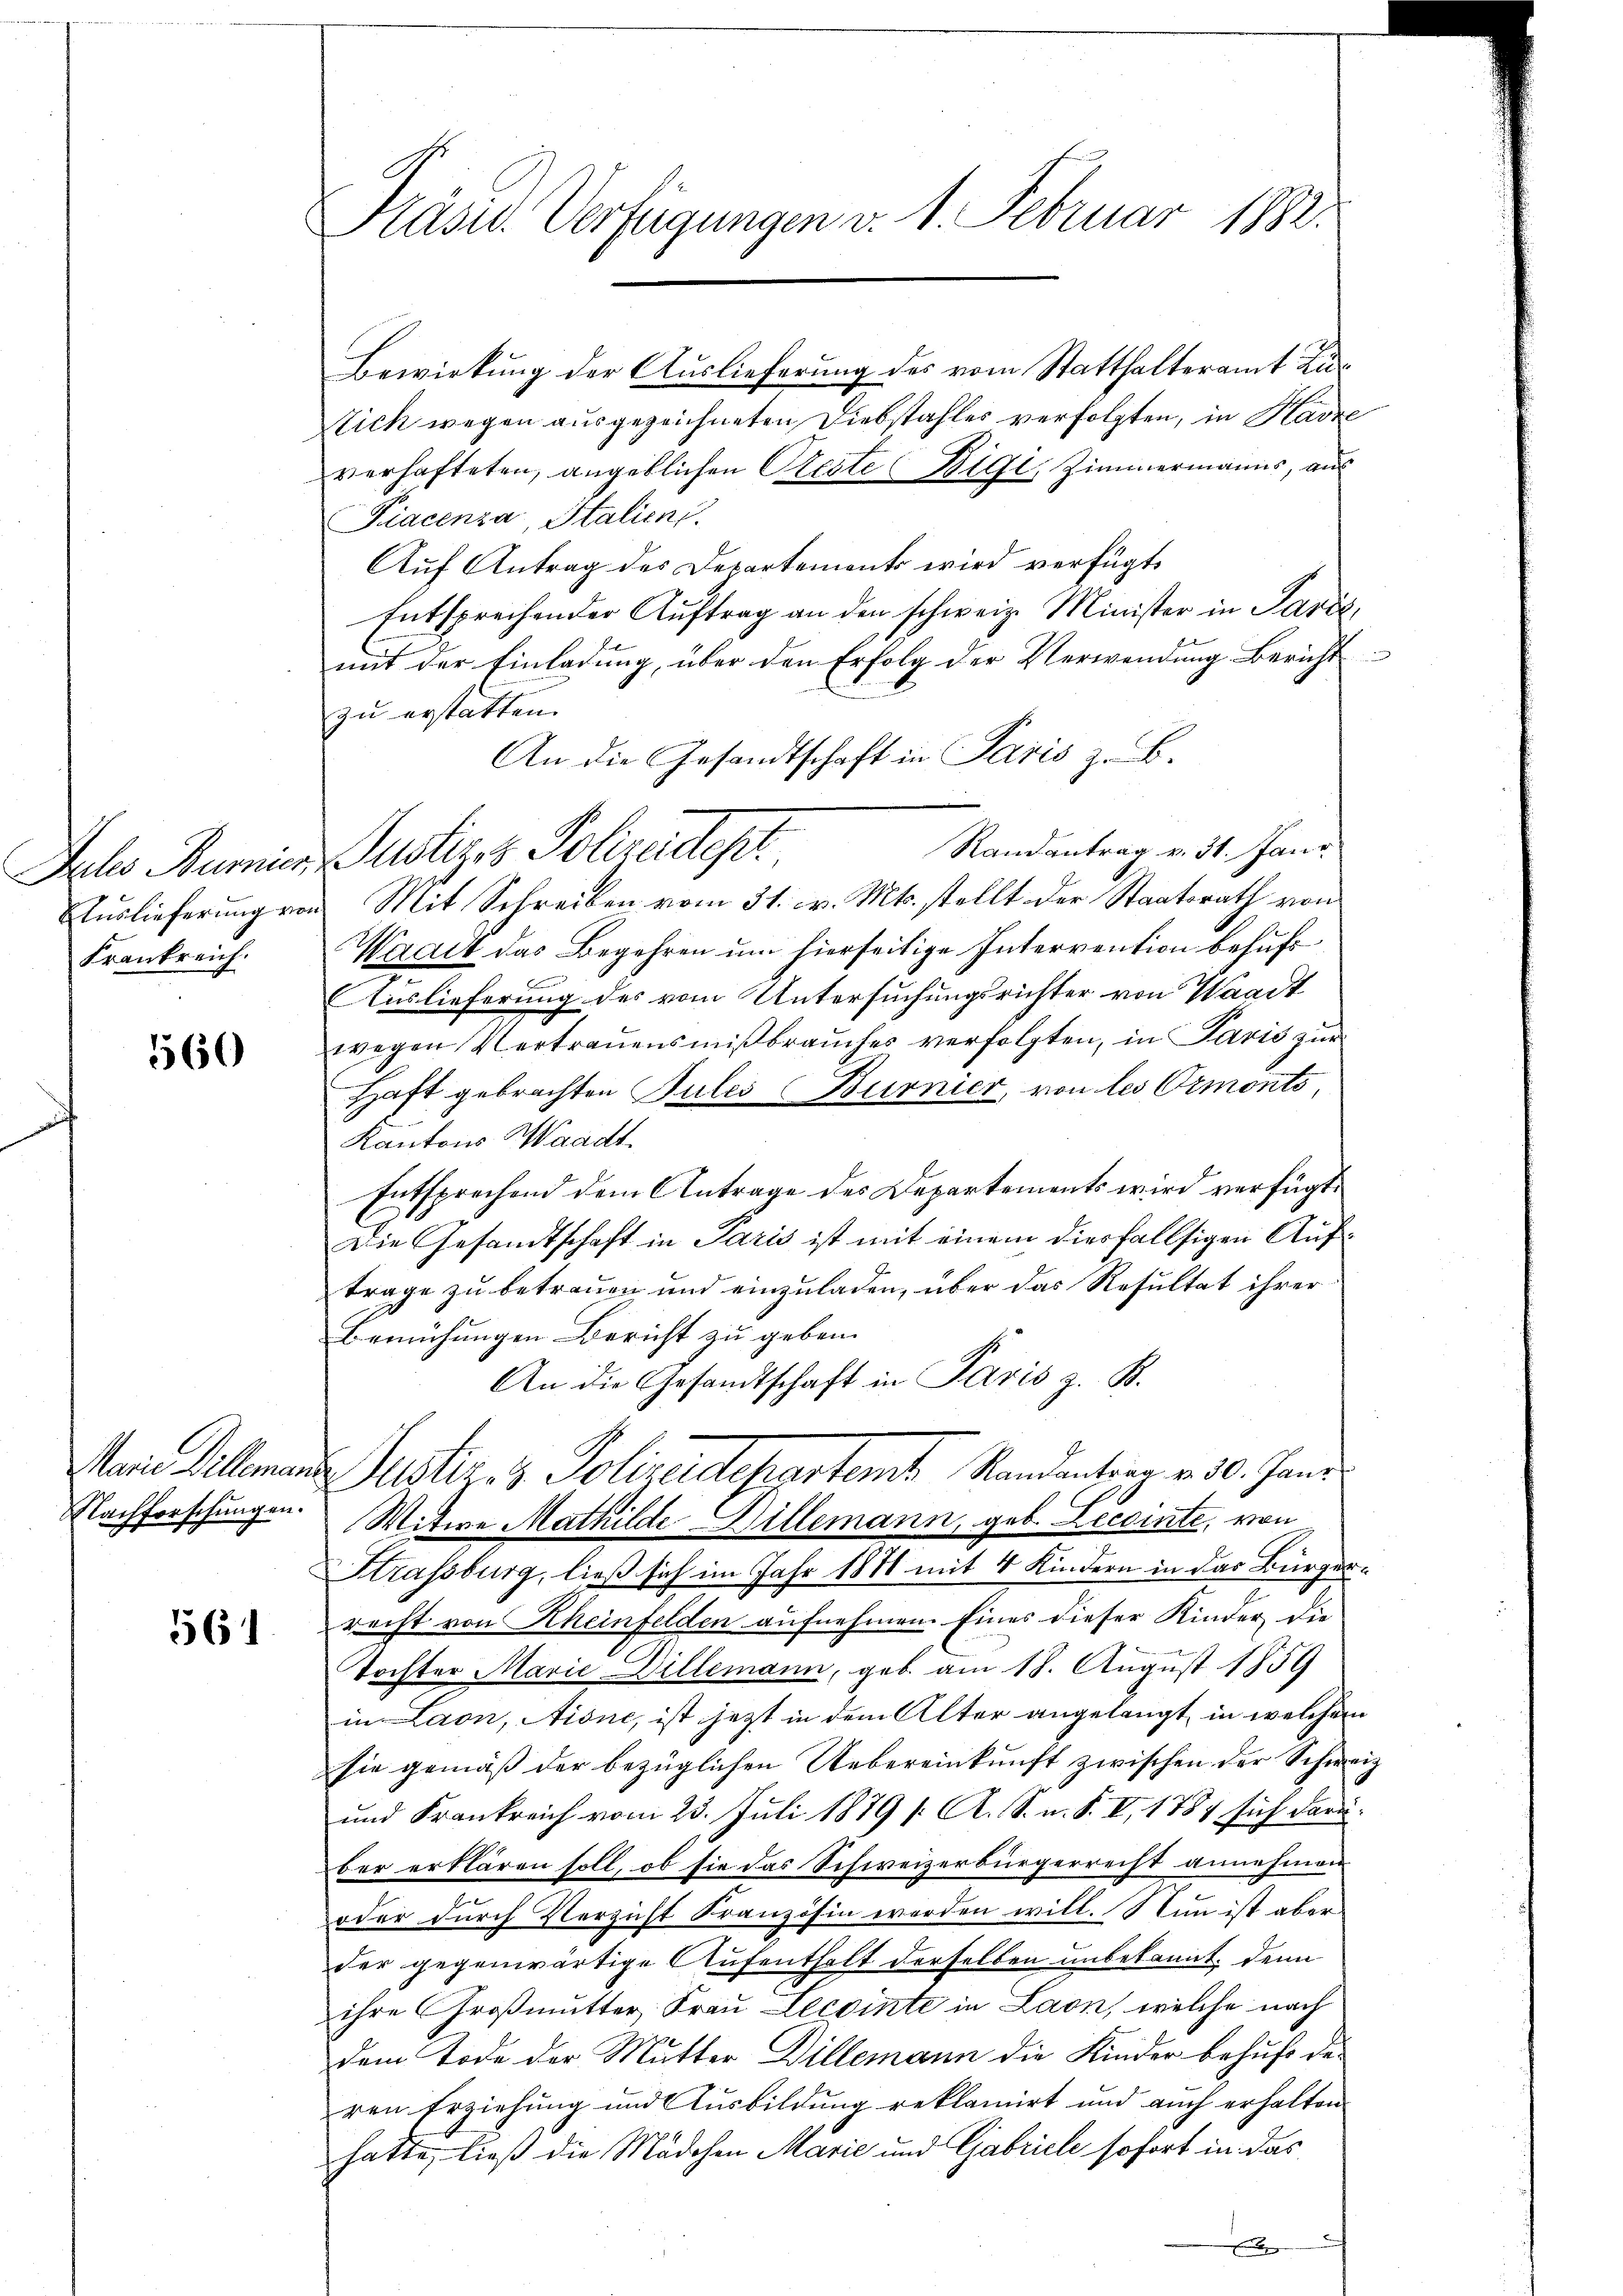
Frankreich.

560

561

Präsid. Verfügungen v. 1. Februar 1882.

Bewirkung der Auslieferung des vom Statthalteramt Kutich wegen ausgezeichneten Diebstahles verfolgten, in Harze
verhafteten, angeblichen Reste Bili, Zimmermanns, aus
Fiacenza, Italien.
Auf Antrag des Departements wird verfügt,
Entsprechender Auftrag an den schweiz. Minister in Paris,
mit der Einladung, über den Erfolg der Verwendŭng Bericht
zu erstatten.
An die Gesandtschaft in Paris z. B.
Randantrag v. 31. Janz
Jule Summier Justizes Polizeidest.
Aŭslieferŭng von Mit Schreiben vom 31. v. Mts. stellt der Staatsrath von
Waadt das Begehren um hierseitige Intervention behufs
Auslieferung des vom Untersuchungsrichter von Waadt
wegen Vertrauensmißbrauches verfolgten, in Paris zur
Haft gebrachten Jules Burnier, von les Ormonts
Kantons Waadt.
Entsprechend dem Antrage des Departements wird verfügt:
Die Gesandtschaft in Paris ist mit einem diesfallsigen Auftrage zu betreuen und einzuladen, über das Resultat ihrer
Bemühungen Bericht zu geben.
An die Gesandtschaft in Paris z. B.
Mein Allemen Justiz- & Polizeidepartem Randantiren v. 30. Jani
Nachforschungen. Witwe Mathilde Dillemann, geb. Lecointe, von
Strassburg, ließ sich im Jahr 1881 mit 4 Kindern in das Bürgerrecht von Rheinfelden aufnehmen. Eines dieser Kinder, die
Tochter Marie Dillemann, geb. am 18. August 1859
in Laon, Aione, ist jetzt in dem Alter angelangt, in welchem
sie gemäß der bezüglichen Uebereinkunft zwischen der Schweiz
und Frankreich vom 23. Juli 1879 /: A. S. n. F. II, 1884 sich darüber erklären soll, ob sie das Schweizerbürgerrecht annehmen
oder durch Verzicht Französin werden will. Nun ist aber
der gegenwärtige Aufenthalt derselben unbekannt. Denn
ihre Großmutter Frau Lecointe in Laon, welche nach
dem Tode der Mutter Dillemann die Kinder behufs deren Erziehung und Ausbildung reklamirt und auch erhalten
hatte, ließ die Mädchen Marie und Gabriele sofort in das
g